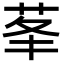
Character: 𦮧